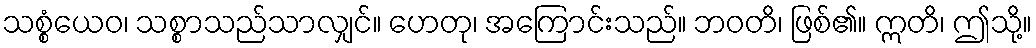
သစ္စံယေဝ၊ သစ္စာသည်သာလျှင်။ ဟေတု၊ အကြောင်းသည်။ ဘဝတိ၊ ဖြစ်၏။ ဣတိ၊ ဤသို့။